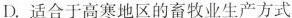
D. 适合于高寒地区的畜牧业生产方式